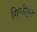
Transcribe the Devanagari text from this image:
गिनीतून